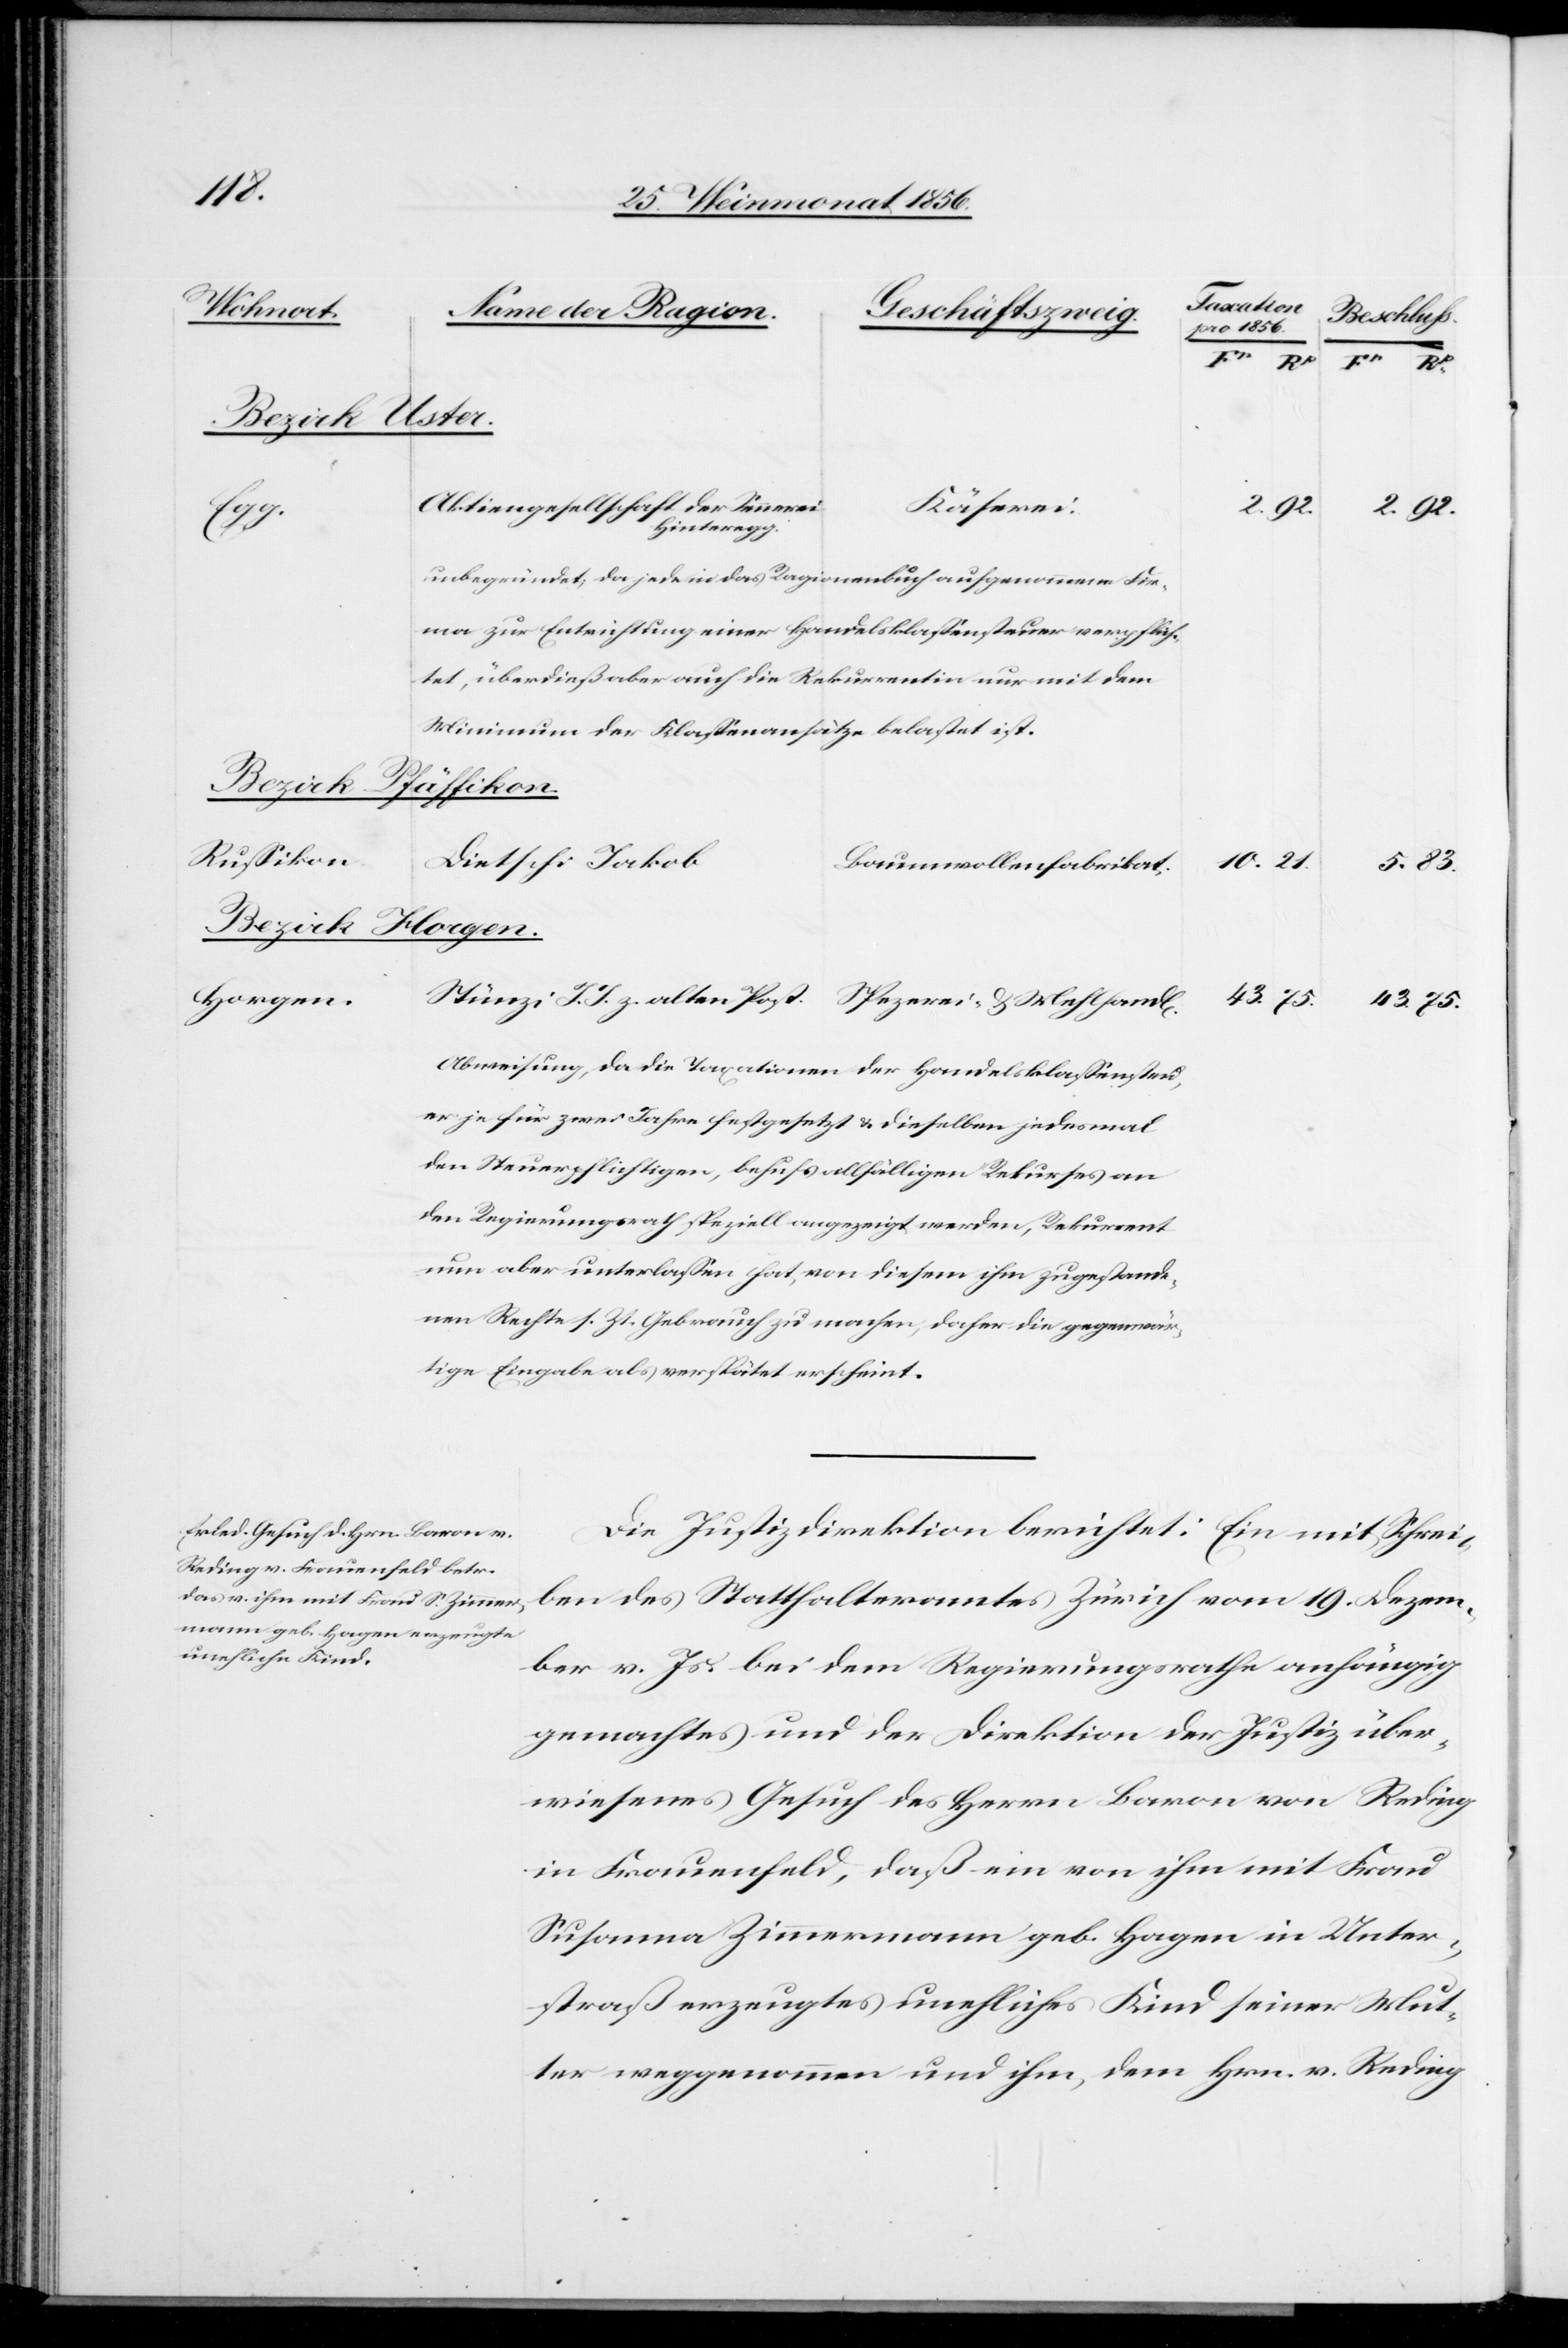
43.
ten Post.
Bezirk Uster.
Aktiengesellschaft der Sennerei
Käserei.
83.
Hinteregg.
unbegründet; da jede in das Ragionenbuch aufgenommene Fir¬
ma zur Entrichtung einer Handelsklassensteuer verpflich¬
tet, überdieß aber auch die Rekurrentin nur mit dem
Minimum der Klassenansätze belastet ist.
Russikon.
Dietschi Jakob
Baumwollenfabrikat.
J. J.
Spezerei-
Horgen.
75.
Abweisung, da die Taxationen der Handelsklassensteu¬
er je für zwei Jahre festgesetzt & dieselben jedesmal
den Steuerpflichtigen, behufs allfälligen Rekurses an
den Regierungsrath speziell angezeigt werden, Rekurrent
nun aber unterlassen hat, von diesem ihm zugestande¬
nen Rechte s. Zt. Gebrauch zu machen, daher die gegenwär¬
tige Eingabe als verspätet erscheint.
Die Justizdirektion berichtet: Ein mit Schrei¬
ben des Statthalteramtes Zürich vom 19. Dezem¬
ber v. Js. bei dem Regierungsrathe anhängig
gemachtes und der Direktion der Justiz über¬
wiesenes Gesuch des Herrn Baron von Reding
in Frauenfeld, daß ein von ihm mit Frau
Susanna Zimmermann geb. Hagen in Unter¬
straß erzeugtes unehliches Kind seiner Mut¬
ter weggenommen und ihm, dem Hrn. v. Reding